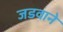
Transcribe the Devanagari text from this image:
जडवाने